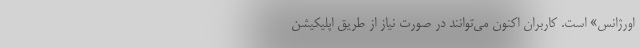
اورژانس» است. کاربران اکنون می‌توانند در صورت نیاز از طریق اپلیکیشن